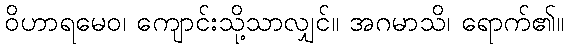
ဝိဟာရမေဝ၊ ကျောင်းသို့သာလျှင်။ အဂမာသိ၊ ရောက်၏။